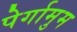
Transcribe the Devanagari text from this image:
पेर्गामुम